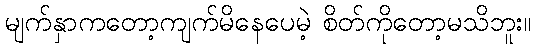
မျက်နှာကတော့ကျက်မိနေပေမဲ့ စိတ်ကိုတော့မသိဘူး။